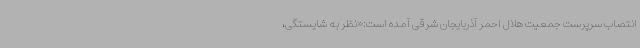
انتصاب سرپرست جمعیت هلال احمر آذربایجان شرقی آمده است:«نظر به شایستگی،